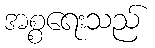
အစ္စရေးသည်